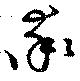
率